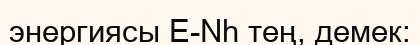
энергиясы E-Nh тең, демек: